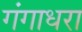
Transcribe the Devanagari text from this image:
गंगाधरा